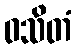
ဝသိတံ